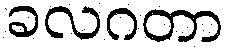
ခလဂတာ